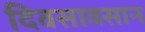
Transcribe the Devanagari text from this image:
दिवसावसान